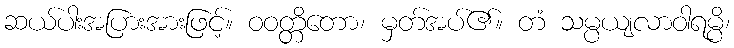
ဆယ်ပါးအပြားအားဖြင့်။ ဝဝတ္တိတော၊ မှတ်အပ်၏။ တံ သမ္ပယျလာဝါရမ္ပိ၊